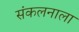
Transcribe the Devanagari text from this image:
संकलनाला